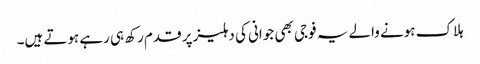
ہلاک ہونے والے یہ فوجی بھی جوانی کی دہلیز پر قدم رکھ ہی رہے ہوتے ہیں۔